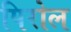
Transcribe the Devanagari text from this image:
पिरोल